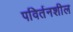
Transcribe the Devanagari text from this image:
पविर्तनशील